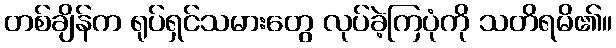
တစ်ချိန်က ရုပ်ရှင်သမားတွေ လုပ်ခဲ့ကြပုံကို သတိရမိ၏။